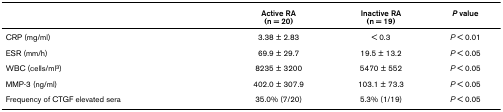
|  | Active RA(n = 20) | Inactive RA(n = 19) | P value |
 | --- | --- | --- | --- |
 | CRP (mg/ml) | 3.38 ± 2.83 | < 0.3 | P < 0.01 |
 | ESR (mm/h) | 69.9 ± 29.7 | 19.5 ± 13.2 | P < 0.05 |
 | WBC (cells/ml3) | 8235 ± 3200 | 5470 ± 552 | P < 0.05 |
 | MMP-3 (ng/ml) | 402.0 ± 307.9 | 103.1 ± 73.3 | P < 0.05 |
 | Frequency of CTGF elevated sera | 35.0% (7/20) | 5.3% (1/19) | P < 0.05 |